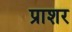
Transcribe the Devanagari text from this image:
प्राशर